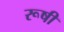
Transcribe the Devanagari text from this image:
रूषी